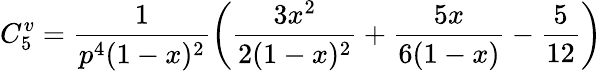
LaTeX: C_{5}^{v}=\frac{1}{p^{4}(1-x)^{2}}\left(\frac{3x^{2}}{2(1-x)^{2}}+\frac{5x}{6(1-x)}-\frac 5{12}\right)